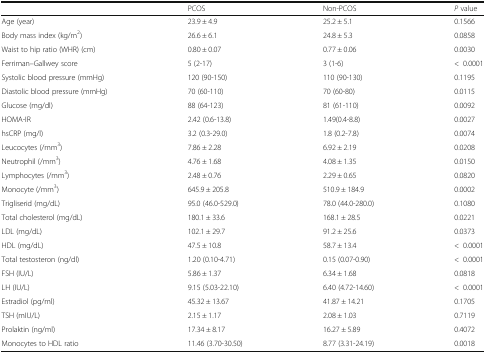
<table><thead><tr><td></td><td><b>PCOS</b></td><td><b>Non-PCOS</b></td><td><b><i>P</i> value</b></td></tr></thead><tbody><tr><td>Age (year)</td><td>23.9 ± 4.9</td><td>25.2 ± 5.1</td><td>0.1566</td></tr><tr><td>Body mass index (kg/m<sup>2</sup>)</td><td>26.6 ± 6.1</td><td>24.8 ± 5.3</td><td>0.0858</td></tr><tr><td>Waist to hip ratio (WHR) (cm)</td><td>0.80 ± 0.07</td><td>0.77 ± 0.06</td><td>0.0030</td></tr><tr><td>Ferriman–Gallwey score</td><td>5 (2-17)</td><td>3 (1-6)</td><td>&lt;0.0001</td></tr><tr><td>Systolic blood pressure (mmHg)</td><td>120 (90-150)</td><td>110 (90-130)</td><td>0.1195</td></tr><tr><td>Diastolic blood pressure (mmHg)</td><td>70 (60-110)</td><td>70 (60-80)</td><td>0.0115</td></tr><tr><td>Glucose (mg/dl)</td><td>88 (64-123)</td><td>81 (61-110)</td><td>0.0092</td></tr><tr><td>HOMA-IR</td><td>2.42 (0.6-13.8)</td><td>1.49(0.4-8.8)</td><td>0.0027</td></tr><tr><td>hsCRP (mg/l)</td><td>3.2 (0.3-29.0)</td><td>1.8 (0.2-7.8)</td><td>0.0074</td></tr><tr><td>Leucocytes (/mm<sup>3</sup>)</td><td>7.86 ± 2.28</td><td>6.92 ± 2.19</td><td>0.0208</td></tr><tr><td>Neutrophil (/mm<sup>3</sup>)</td><td>4.76 ± 1.68</td><td>4.08 ± 1.35</td><td>0.0150</td></tr><tr><td>Lymphocytes (/mm<sup>3</sup>)</td><td>2.48 ± 0.76</td><td>2.29 ± 0.65</td><td>0.0820</td></tr><tr><td>Monocyte (/mm<sup>3</sup>)</td><td>645.9 ± 205.8</td><td>510.9 ± 184.9</td><td>0.0002</td></tr><tr><td>Trigliserid (mg/dL)</td><td>95.0 (46.0-529.0)</td><td>78.0 (44.0-280.0)</td><td>0.1080</td></tr><tr><td>Total cholesterol (mg/dL)</td><td>180.1 ± 33.6</td><td>168.1 ± 28.5</td><td>0.0221</td></tr><tr><td>LDL (mg/dL)</td><td>102.1 ± 29.7</td><td>91.2 ± 25.6</td><td>0.0373</td></tr><tr><td>HDL (mg/dL)</td><td>47.5 ± 10.8</td><td>58.7 ± 13.4</td><td>&lt;0.0001</td></tr><tr><td>Total testosteron (ng/dl)</td><td>1.20 (0.10-4.71)</td><td>0.15 (0.07-0.90)</td><td>&lt;0.0001</td></tr><tr><td>FSH (IU/L)</td><td>5.86 ± 1.37</td><td>6.34 ± 1.68</td><td>0.0818</td></tr><tr><td>LH (IU/L)</td><td>9.15 (5.03-22.10)</td><td>6.40 (4.72-14.60)</td><td>&lt;0.0001</td></tr><tr><td>Estradiol (pg/ml)</td><td>45.32 ± 13.67</td><td>41.87 ± 14.21</td><td>0.1705</td></tr><tr><td>TSH (mIU/L)</td><td>2.15 ± 1.17</td><td>2.08 ± 1.03</td><td>0.7119</td></tr><tr><td>Prolaktin (ng/ml)</td><td>17.34 ± 8.17</td><td>16.27 ± 5.89</td><td>0.4072</td></tr><tr><td>Monocytes to HDL ratio</td><td>11.46 (3.70-30.50)</td><td>8.77 (3.31-24.19)</td><td>0.0018</td></tr></tbody></table>